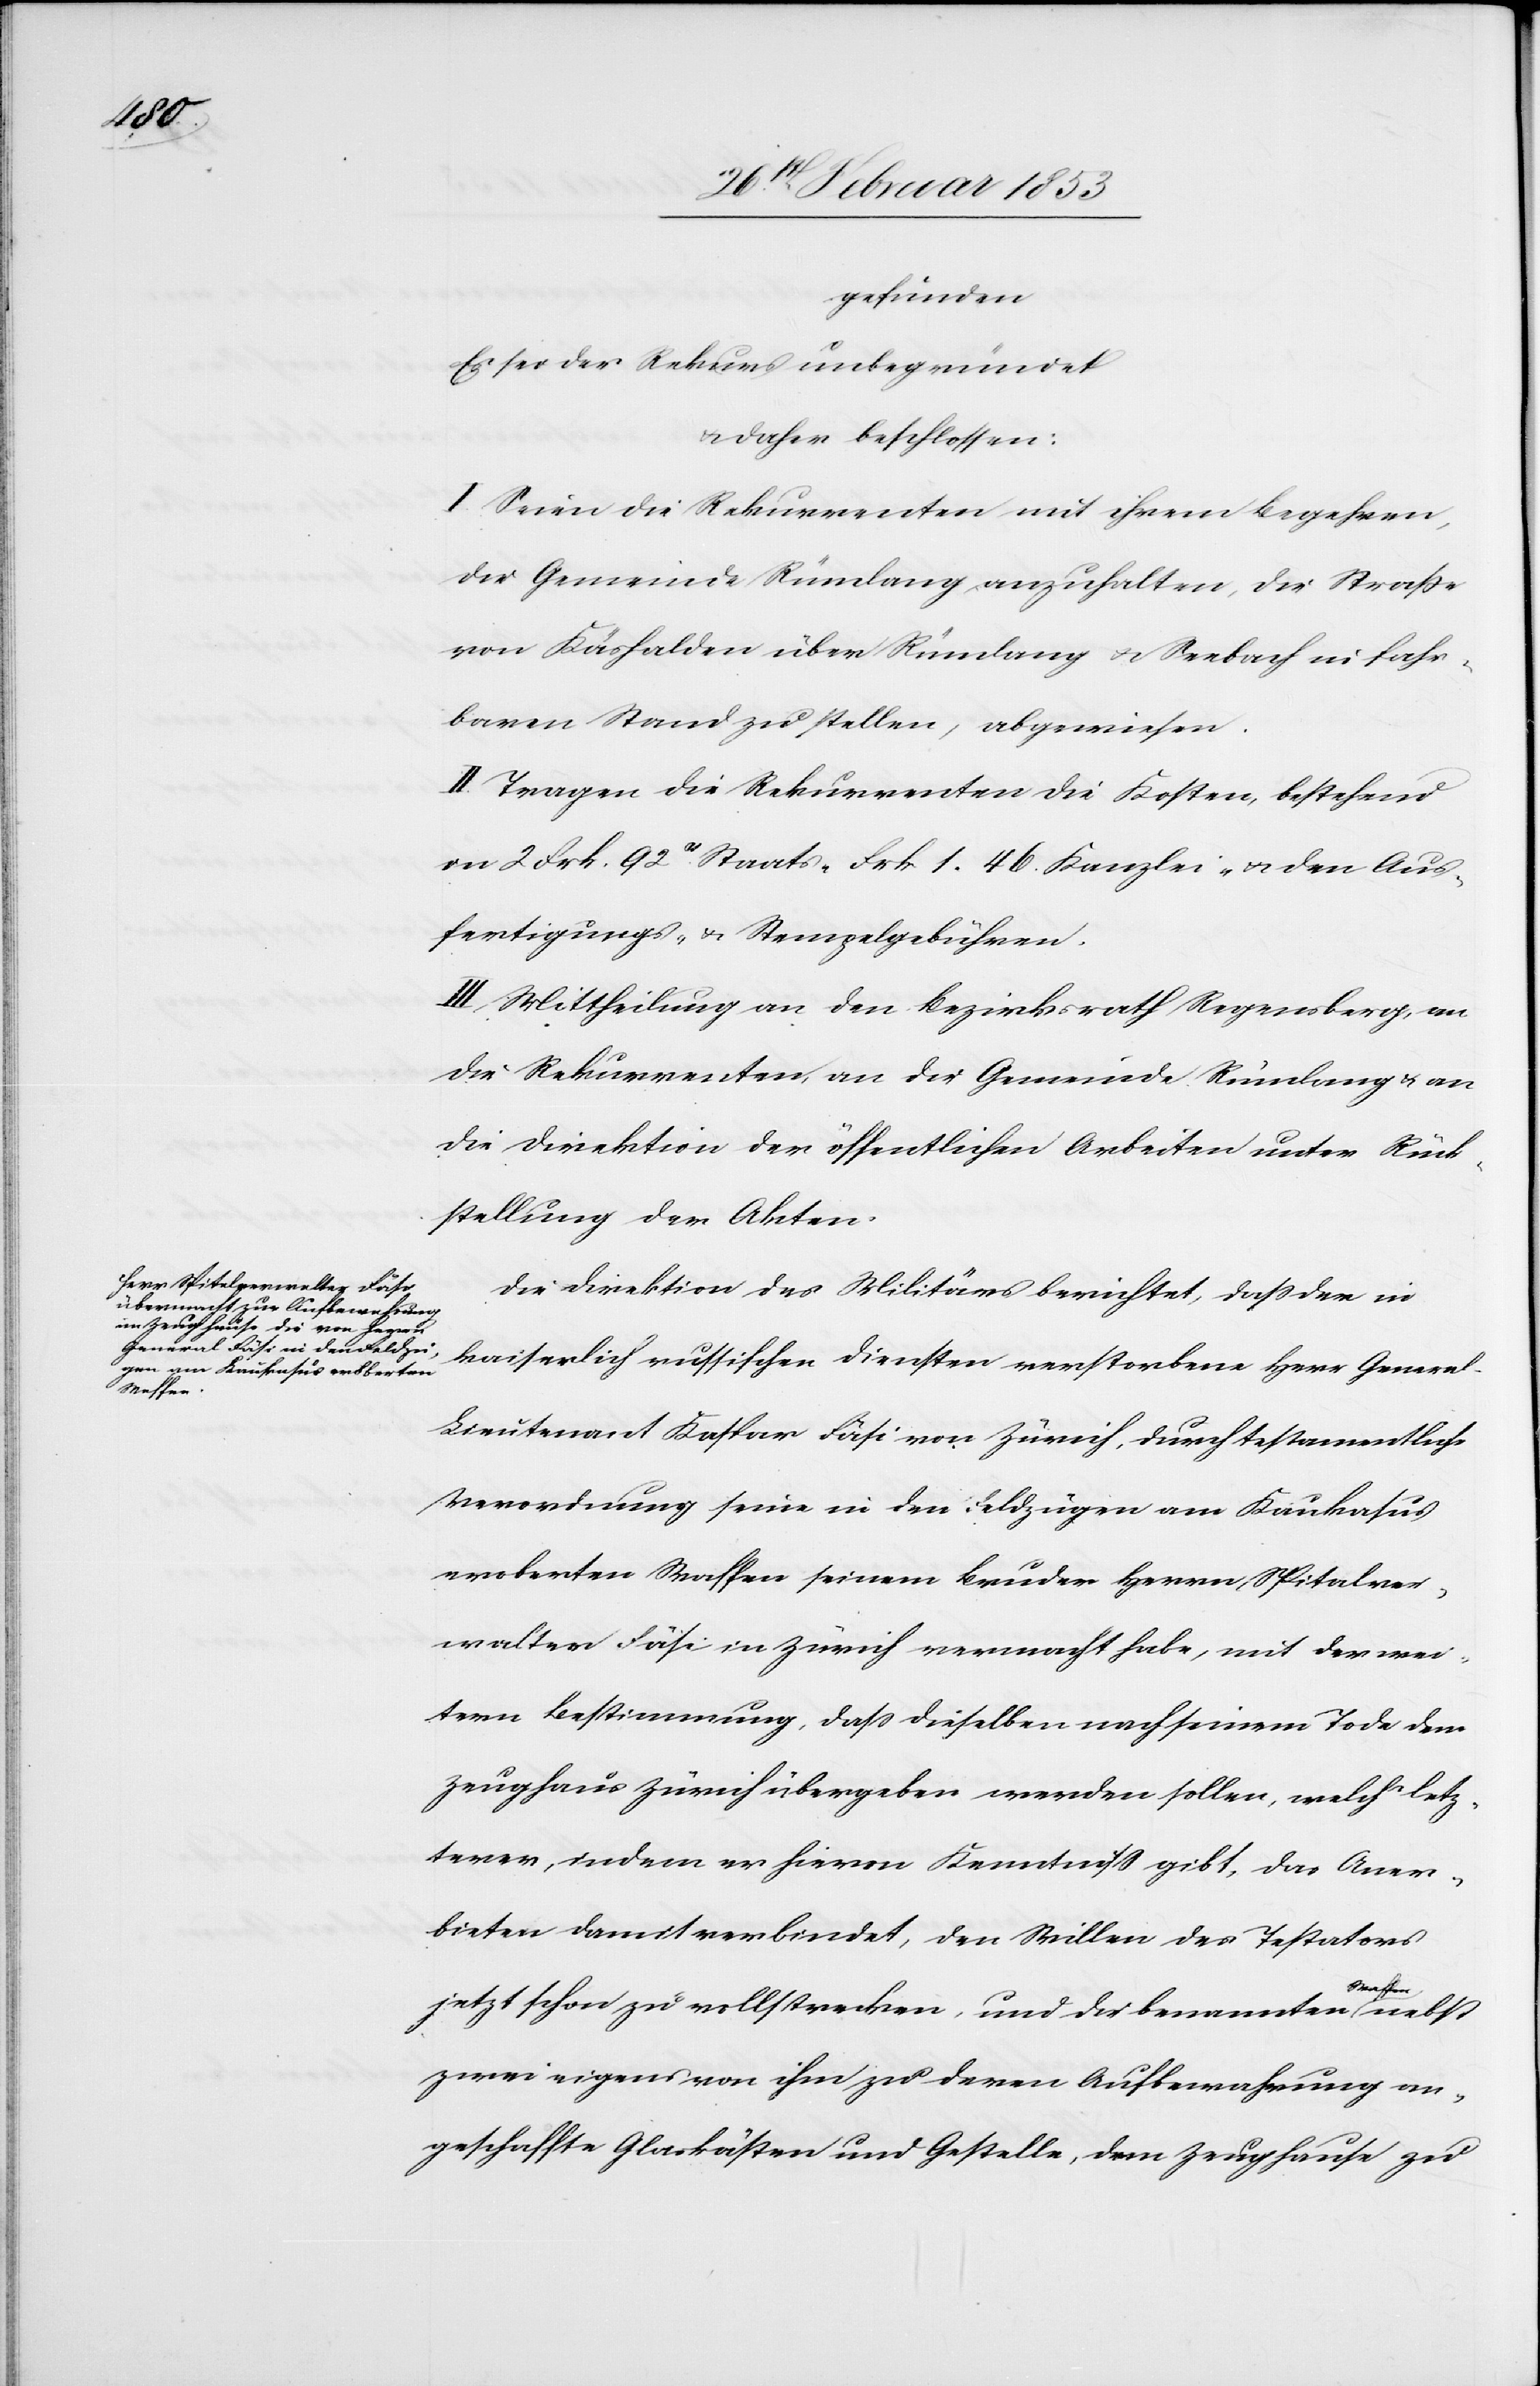
gefunden
Es sei der Rekurs unbegründet
u. daher beschlossen:
I. Seien die Rekurrenten mit ihrem Begehren,
der Gemeinde Rümlang anzuhalten, die Straße
von Käshalden über Rümlang u. Seebach in fahr¬
baren Stand zu stellen, abgewiesen.
II. Tragen die Rekurrenten die Kosten, bestehend
in 2 Frk. 92 cs Staats- Frk. 1. 46 Kanzlei- u. den Aus¬
fertigungs- u. Stempelgebühren.
III. Mittheilung an den Bezirksrath Regensberg, an
die Rekurrenten, die Gemeinde Rümlang u. an
die Direktion der öffentlichen Arbeiten unter Rück¬
stellung der Akten.
Die Direktion des Militärs berichtet, daß der in
kaiserlich russischen Diensten verstorbene Herr Genera¬
l-Leutnant Kaspar Fäsi von Zürich, durch testamentliche
Verordnung sowie in den Feldzügen am Kaukasus
eroberten Waffen seinem Bruder Herrn, Spitalver¬
walter Fäsi in Zürich vermacht habe, mit der wei¬
tern Bestimmung, daß dieselben nach seinem Tode dem
Zeughaus Zürich übergeben werden sollen, welch’ letz¬
terer, indem er hievon Kenntniß gibt, das Aner¬
bieten damit verbindet, den Willen des Testators
jetzt schon zu vollstrecken, und die benannten Waffen
zwei eigens von ihm zu deren Aufbewahrung an¬
geschaffte Glaskästen und Gestelle, dem Zeughause zu